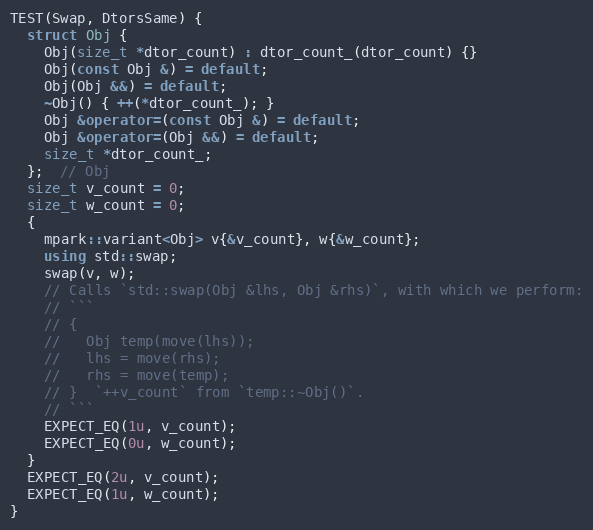
Language: C++
TEST(Swap, DtorsSame) {
  struct Obj {
    Obj(size_t *dtor_count) : dtor_count_(dtor_count) {}
    Obj(const Obj &) = default;
    Obj(Obj &&) = default;
    ~Obj() { ++(*dtor_count_); }
    Obj &operator=(const Obj &) = default;
    Obj &operator=(Obj &&) = default;
    size_t *dtor_count_;
  };  // Obj
  size_t v_count = 0;
  size_t w_count = 0;
  {
    mpark::variant<Obj> v{&v_count}, w{&w_count};
    using std::swap;
    swap(v, w);
    // Calls `std::swap(Obj &lhs, Obj &rhs)`, with which we perform:
    // ```
    // {
    //   Obj temp(move(lhs));
    //   lhs = move(rhs);
    //   rhs = move(temp);
    // }  `++v_count` from `temp::~Obj()`.
    // ```
    EXPECT_EQ(1u, v_count);
    EXPECT_EQ(0u, w_count);
  }
  EXPECT_EQ(2u, v_count);
  EXPECT_EQ(1u, w_count);
}